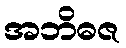
အဘိဓဇ